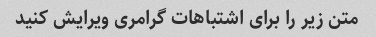
متن زیر را برای اشتباهات گرامری ویرایش کنید